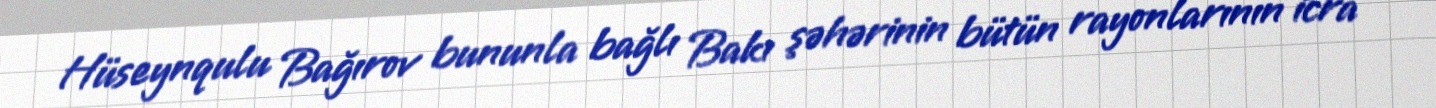
Hüseynqulu Bağırov bununla bağlı Bakı şəhərinin bütün rayonlarının icra